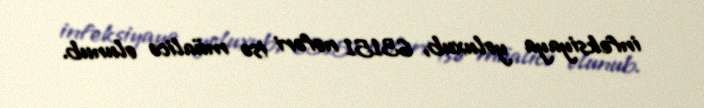
infeksiyaya yoluxub, 63151 nəfəri isə müalicə olunub.